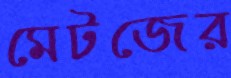
মেটজের